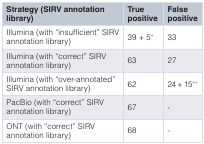
| Strategy (SIRV annotationlibrary) | Truepositive | Falsepositive |
 | --- | --- | --- |
 | Illumina (with “insufficient” SIRVannotation library) | 39 + 5* | 33 |
 | Illumina (with “correct” SIRVannotation library) | 63 | 27 |
 | Illumina (with “over-annotated”SIRV annotation library) | 62 | 24+15** |
 | PacBio (with “correct” SIRVannotation library) | 67 | - |
 | ONT (with “correct” SIRVannotation library) | 68 | - |